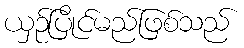
ယှဉ်ပြိုင်မည်ဖြစ်သည်